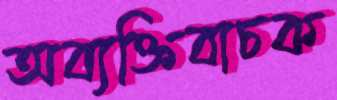
অব্যক্তিবাচক